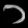
Digit: ၁